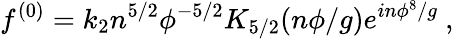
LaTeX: f^{(0)}=k_{2}n^{5/2}\phi^{-5/2}K_{5/2}(n\phi/g)e^{in\phi^{8}/g}~,